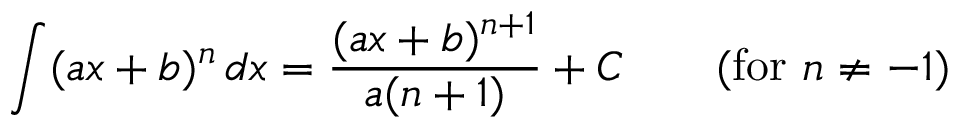
\int ( a x + b ) ^ { n } \, d x = { \frac { ( a x + b ) ^ { n + 1 } } { a ( n + 1 ) } } + C \qquad { \mathrm { ( f o r ~ } } n \neq - 1 { \mathrm { ) } }